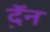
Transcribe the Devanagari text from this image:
द़ॅन